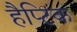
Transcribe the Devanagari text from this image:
हैप्टिक